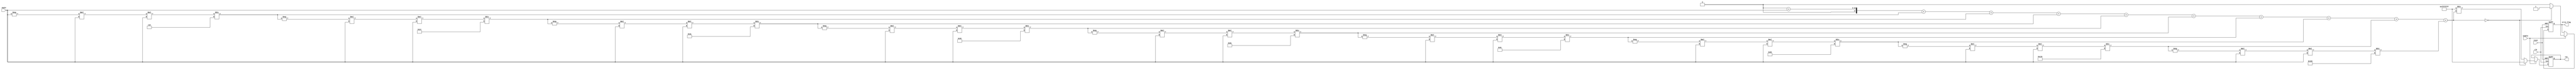
module Cosecant (
    input wire clk,          // Clock signal
    input wire reset,        // Reset signal
    input wire enable,       // Enable signal
    input wire [15:0] angle, // Input angle in radians (fixed-point representation)
    output reg [31:0] csc,   // Cosecant output (fixed-point representation)
    output reg error_flag     // Error flag for invalid operations
);

    // Parameters for sine approximation (Taylor series)
    parameter N = 10; // Number of terms in Taylor series
    reg [31:0] sin_val; // Sine value
    reg [31:0] reciprocal; // Reciprocal of sine value

    // Function to compute sine using a Taylor series
    function [31:0] compute_sine;
        input [15:0] angle;
        integer i;
        reg signed [31:0] term;
        reg signed [31:0] sine;
        begin
            sine = 0;
            term = angle; // First term is angle itself
            for (i = 1; i <= N; i = i + 1) begin
                sine = sine + term;
                term = -term * angle * angle / ((2 * i) * (2 * i + 1)); // Calculate the next term
            end
            compute_sine = sine;
        end
    endfunction

    // Always block to compute cosecant
    always @(posedge clk or posedge reset) begin
        if (reset) begin
            csc <= 32'b0;
            error_flag <= 1'b0;
        end else if (enable) begin
            // Compute sine of the angle
            sin_val = compute_sine(angle);

            // Check for zero sine value
            if (sin_val == 0) begin
                csc <= 32'hFFFFFFFF; // Assign NaN or infinity representation
                error_flag <= 1'b1; // Set error flag
            end else begin
                // Compute reciprocal of sine
                reciprocal = 32'hFFFFFFFF / sin_val; // Using division
                csc <= reciprocal;
                error_flag <= 1'b0; // Clear error flag
            end
        end
    end

endmodule